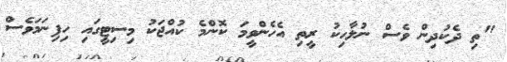
"ތި ދެކުދިން ވެސް ނުލާހިކު ރީތި އެހެންވީމަ ކޮންމެ ކުއްޖަކު މިސިޓީގައި ހިފިނަމަވެސް